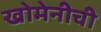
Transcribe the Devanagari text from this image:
खोमेनीची